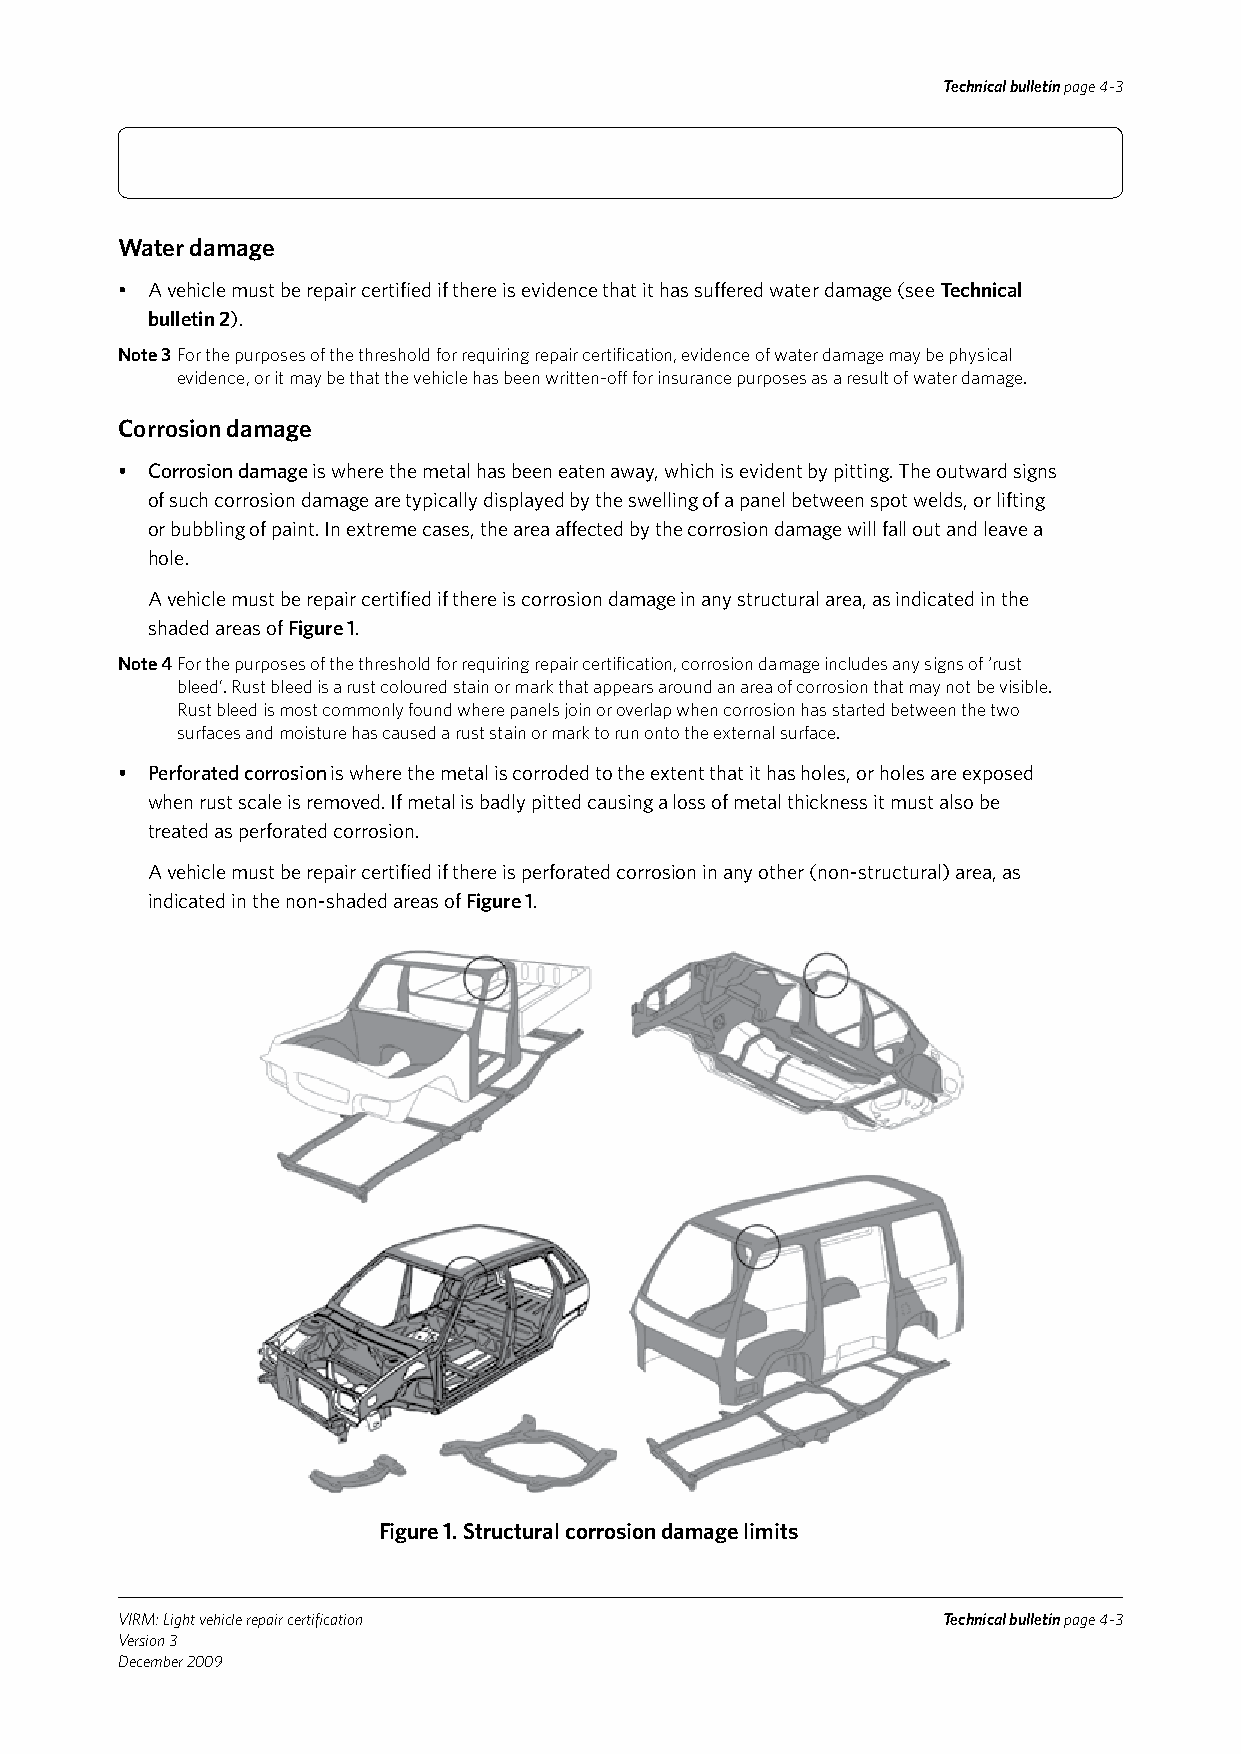
Technical bulletin page 4-3
 Water damage
 • A vehicle must be repair certified if there is evidence that it has suffered water damage (see Technical
 bulletin 2).
 Note 3 For the purposes of the threshold for requiring repair certification, evidence of water damage may be physical
 evidence, or it may be that the vehicle has been written-off for insurance purposes as a result of water damage.
 Corrosion damage
 • Corrosion damage is where the metal has been eaten away, which is evident by pitting. The outward signs
 of such corrosion damage are typically displayed by the swelling of a panel between spot welds, or lifting
 or bubbling of paint. In extreme cases, the area affected by the corrosion damage will fall out and leave a
 hole.
 A vehicle must be repair certified if there is corrosion damage in any structural area, as indicated in the
 shaded areas of Figure 1.
 Note 4 For the purposes of the threshold for requiring repair certification, corrosion damage includes any signs of ‘rust
 bleed’. Rust bleed is a rust coloured stain or mark that appears around an area of corrosion that may not be visible.
 Rust bleed is most commonly found where panels join or overlap when corrosion has started between the two
 surfaces and moisture has caused a rust stain or mark to run onto the external surface.
 • Perforated corrosion is where the metal is corroded to the extent that it has holes, or holes are exposed
 when rust scale is removed. If metal is badly pitted causing a loss of metal thickness it must also be
 treated as perforated corrosion.
 A vehicle must be repair certified if there is perforated corrosion in any other (non-structural) area, as
 indicated in the non-shaded areas of Figure 1.
 Figure 1. Structural corrosion damage limits
 VIRM: Light vehicle repair certification              Technical bulletin page 4-3
 Version 3
 December 2009